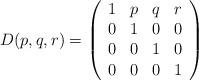
LaTeX: \begin{align*}D(p, q, r) = \left( \begin{array}{cccc}1 & p & q & r \\0 & 1 & 0 & 0 \\0 & 0 & 1 & 0 \\0 & 0 & 0 & 1\end{array} \right)\end{align*}